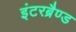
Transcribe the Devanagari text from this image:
इंटरब्रैण्ड